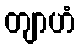
တျာဟံ